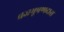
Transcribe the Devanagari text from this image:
व्रजभूषणदास